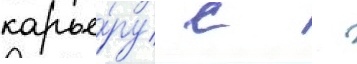
карье́ру с